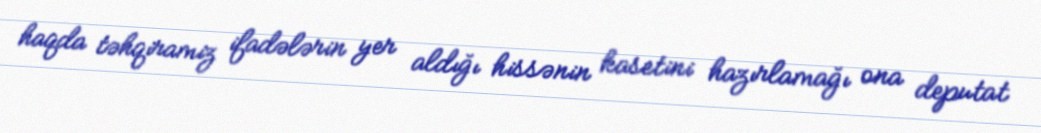
haqda təhqiramiz ifadələrin yer aldığı hissənin kasetini hazırlamağı ona deputat